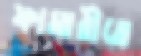
ফামারীতে